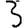
Digit: 3